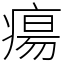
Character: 瘍